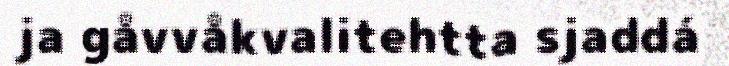
ja gåvvåkvalitehtta sjaddá